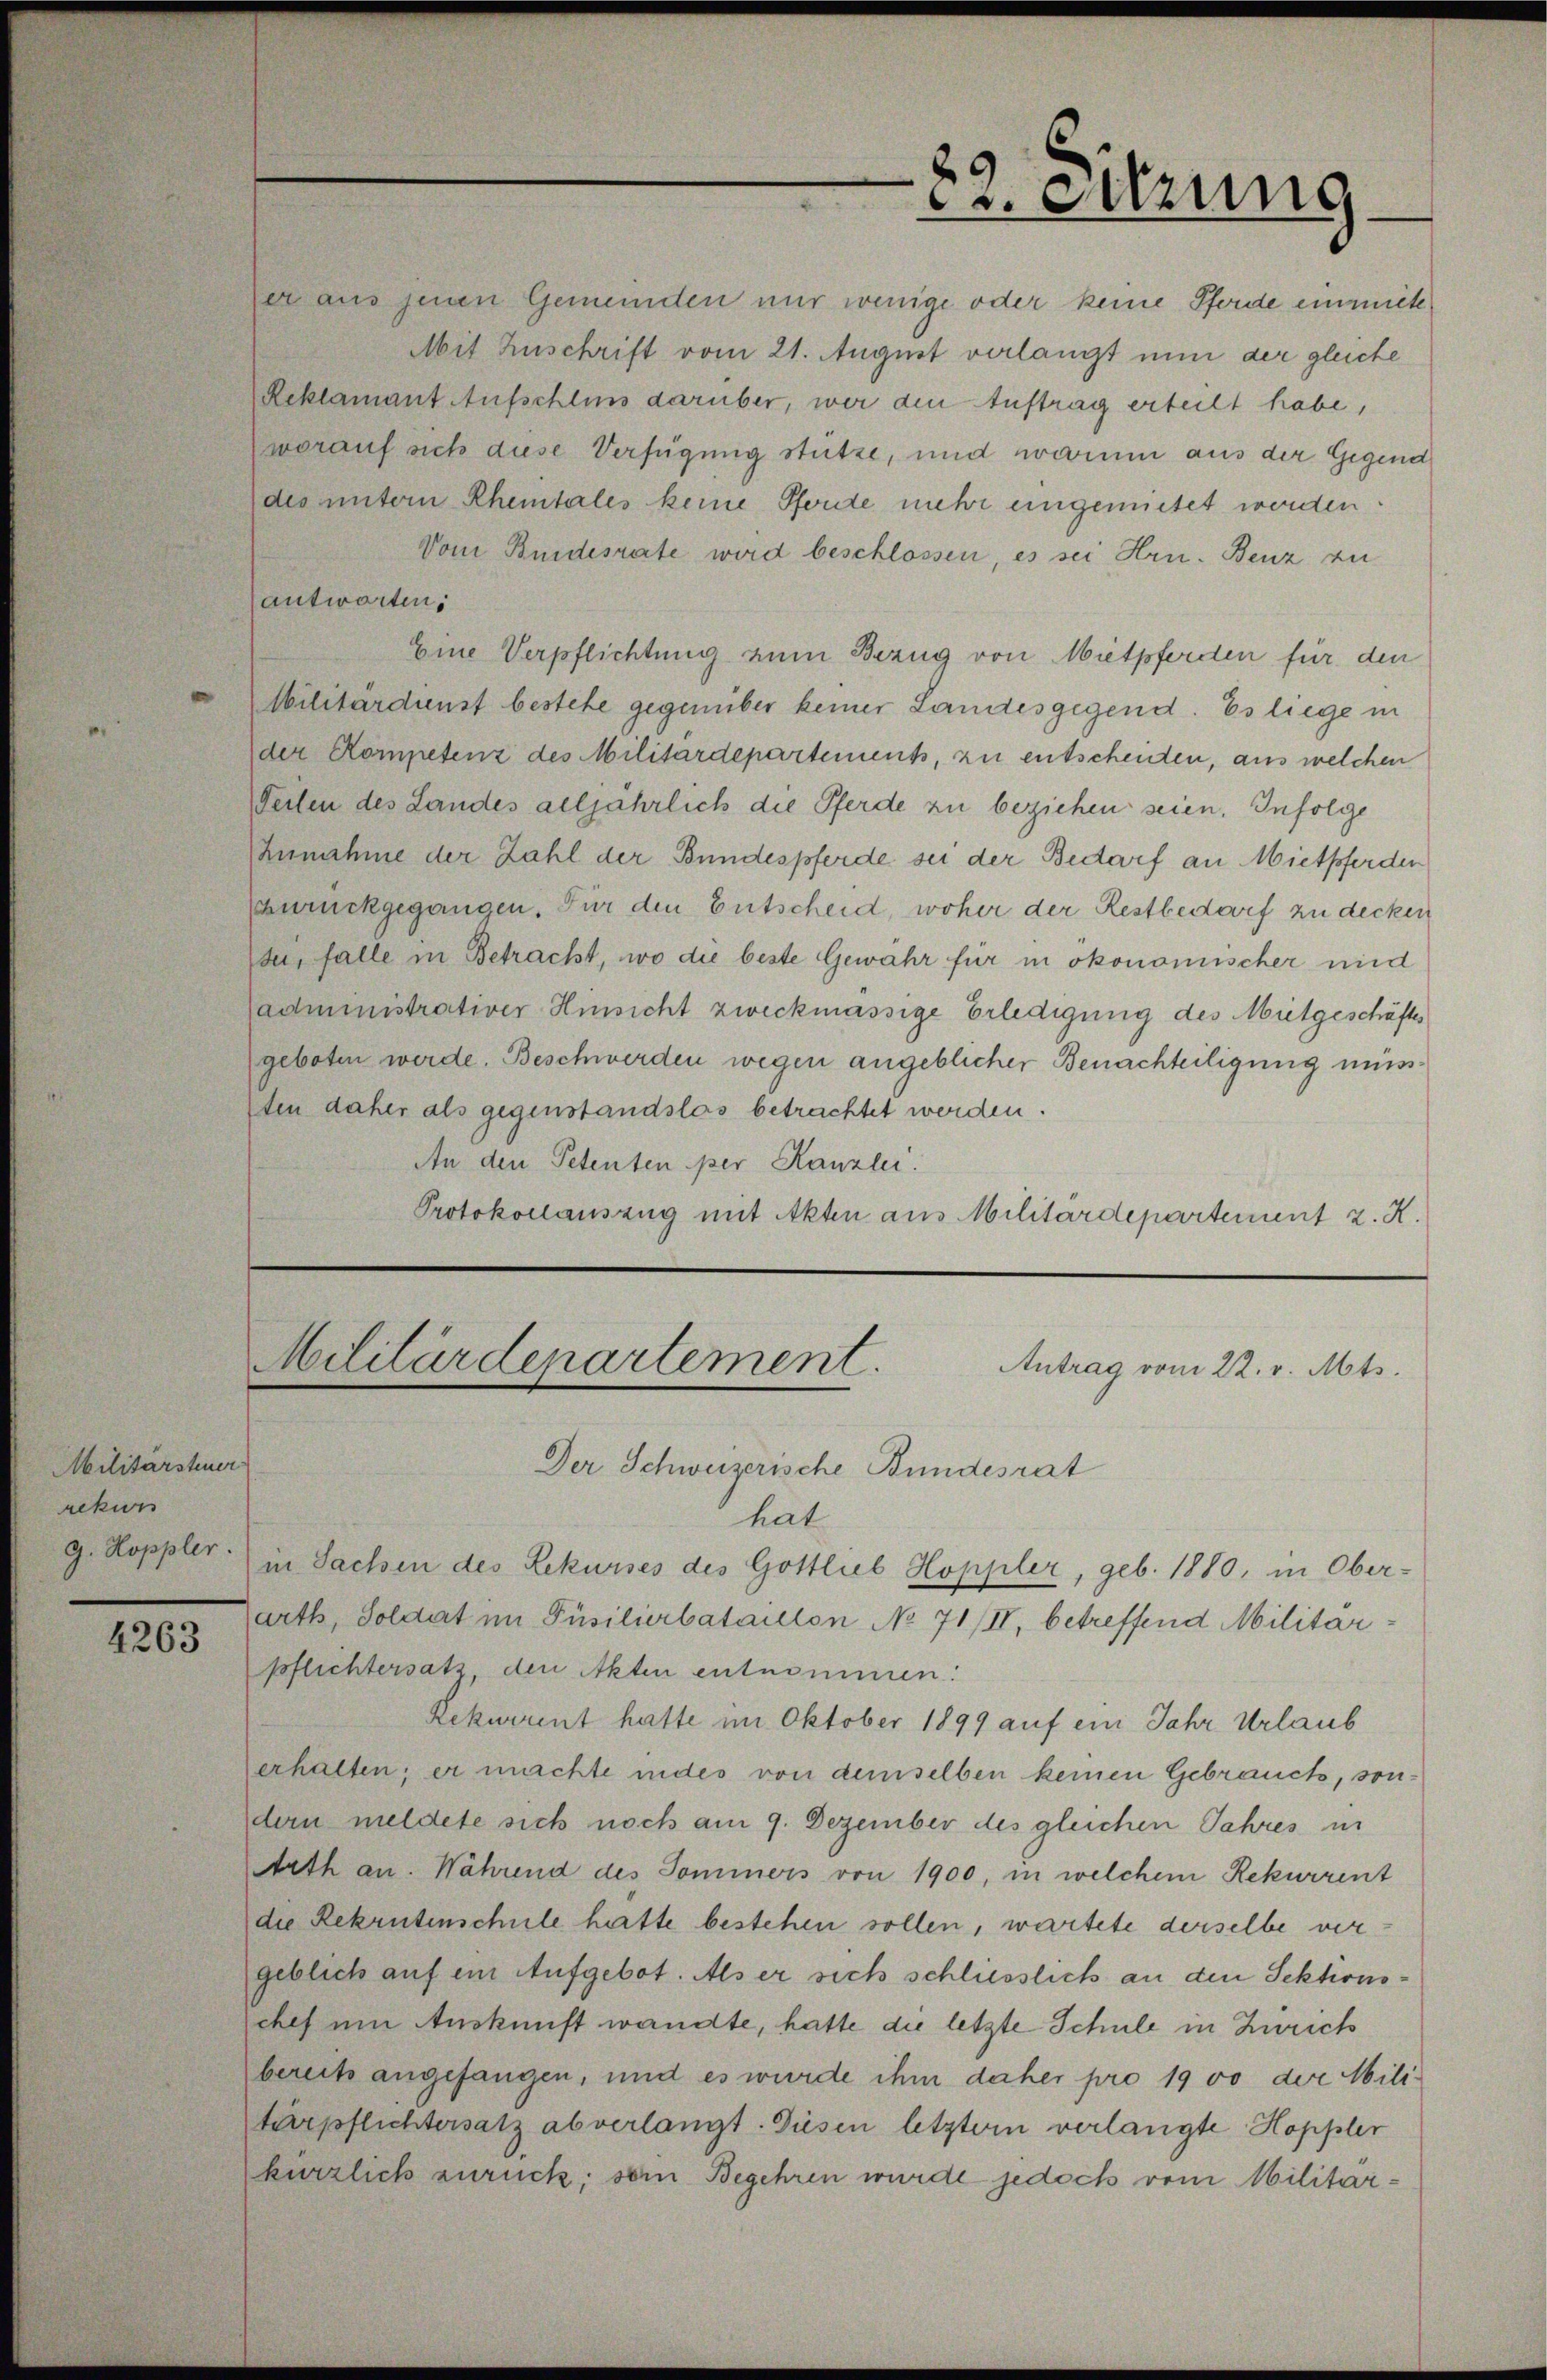
Militärsteuer
ackin
g. Koppler.

4263

er aus jenen Gemeinden nur wenige oder keine Pforde einzieh
Mit Zuschrift vom 21. August verlangt nun der gleiche
Reklamant Aufschlins darüber, wer den Auftrag erteilt habe,
worauf sich diese Verfügung stütze, und warum aus der Gegend
des untern Rheintales keine Pforde mehr eingemietet worden.
Vom Bundesrate wird beschlossen, es sei Hrn. Benz zu
antworten,
Eine Verpflichtung zum Bezug von Mietpferden für den
Militärdienst bestehe gegenüber keiner Landesgegend. Es liege in
der Kompetenz des Militärdepartement, zu entschenten, aus welchen
Seiten des Landes alljährlich die Pferde zu beziehen seien. Infolge
Zunahme der Zahl der Bundespferde sei der Bedarf an Mietpferden
zurückgegangen. Für den Entscheid, woher der Restbedarf zu decken
de, falle in Betracht, wo die beste Gewahr für in ökonomischer und
Cadministrativer Hinsicht zweckmässige Erledigung des Mietgeschäftes
geboten werde. Beschwerden wegen angeblicher Benachteiligung müsten daher als gegenstandslas betrachtet werden.
An den Petenten per Kanzlei.
Protokollauszug mit Akten aus Militärdepartement z. R.
Militärdepartement.
Antrag vom 22. v. Mts.
Der Schweizerische Bundesrat
hat
in Sachen des Rekurses des Gottlieb Hoppler, geb. 1880, in Ober-
arth, Soldat im Püsilierbataillon No 71/II, betreffend Militar-
pflichtersatz, den Akten entnommen:
Rekurrent hatte im Oktober 1899 auf ein Jahr Urlaub
erhalten; er machte indes von demselben keinen Gebrauch, sondern meldete sich noch am 9. Dezember des gleichen Jahres in
Arth an. Während des Dominers von 1900, in welchem Rekurrent
die Rekrutenschule hatte bestehen sollen, wartete derselbe vergeblich auf ein Aufgebot. Als er sich schliesslich an den Sektionsches um Auskunft wandte, hatte die letzte Schule in Zürich
bereits angefangen, und es wurde ihm daher pro 19 vo der Militärpflichtersatz abverlangt. Diesen letztern verlangte Hoppler
kürzlich zurück; sein Begehren wurde jedoch vom Militar¬

22. Sitzung